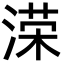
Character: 溁